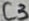
Text: C3